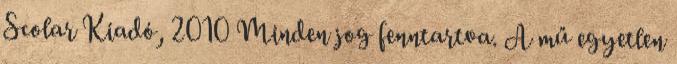
Scolar Kiadó, 2010 Minden jog fenntartva. A mű egyetlen